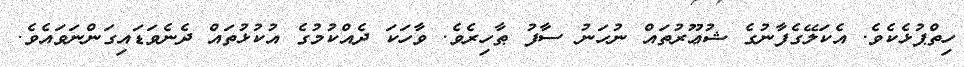
ހިތްޕުޅެކެވެ. އެކަލޭގެފާނުގެ ޝުޢޫރުތައް ނުހަނު ސާފު ޠާހިރެވެ. ވާހަކަ ދެއްކުމުގެ އުކުޅުތައް ދެނެވަޑައިގަންނަވައެވެ.